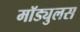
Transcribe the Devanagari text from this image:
मॉड्युलस